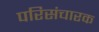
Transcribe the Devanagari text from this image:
परिसंचारक